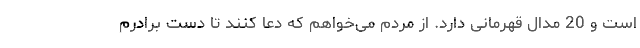
است و 20 مدال قهرمانی دارد. از مردم می‌خواهم که دعا کنند تا دست برادرم